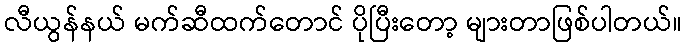
လီယွန်နယ် မက်ဆီထက်တောင် ပိုပြီးတော့ များတာဖြစ်ပါတယ်။